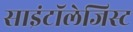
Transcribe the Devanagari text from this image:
साइंटॉलेजिस्ट